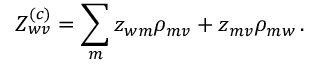
Z _ { w v } ^ { ( c ) } = \sum _ { m } z _ { w m } \rho _ { m v } + z _ { m v } \rho _ { m w } \, .